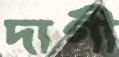
দাগী